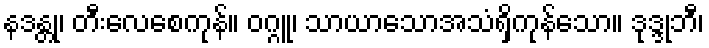
နဒန္တု၊ တီးလေစေကုန်။ ဝဂ္ဂူ၊ သာယာသောအသံရှိကုန်သော။ ဒုဒ္ဒုဘီ၊